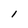
Character: l